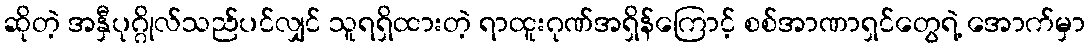
ဆိုတဲ့ အနှီပုဂ္ဂိုလ်သည်ပင်လျှင် သူရရှိထားတဲ့ ရာထူးဂုဏ်အရှိန်ကြောင့် စစ်အာဏာရှင်တွေရဲ့ အောက်မှာ